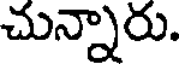
చున్నారు.